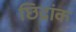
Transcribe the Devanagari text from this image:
छिद्रांक